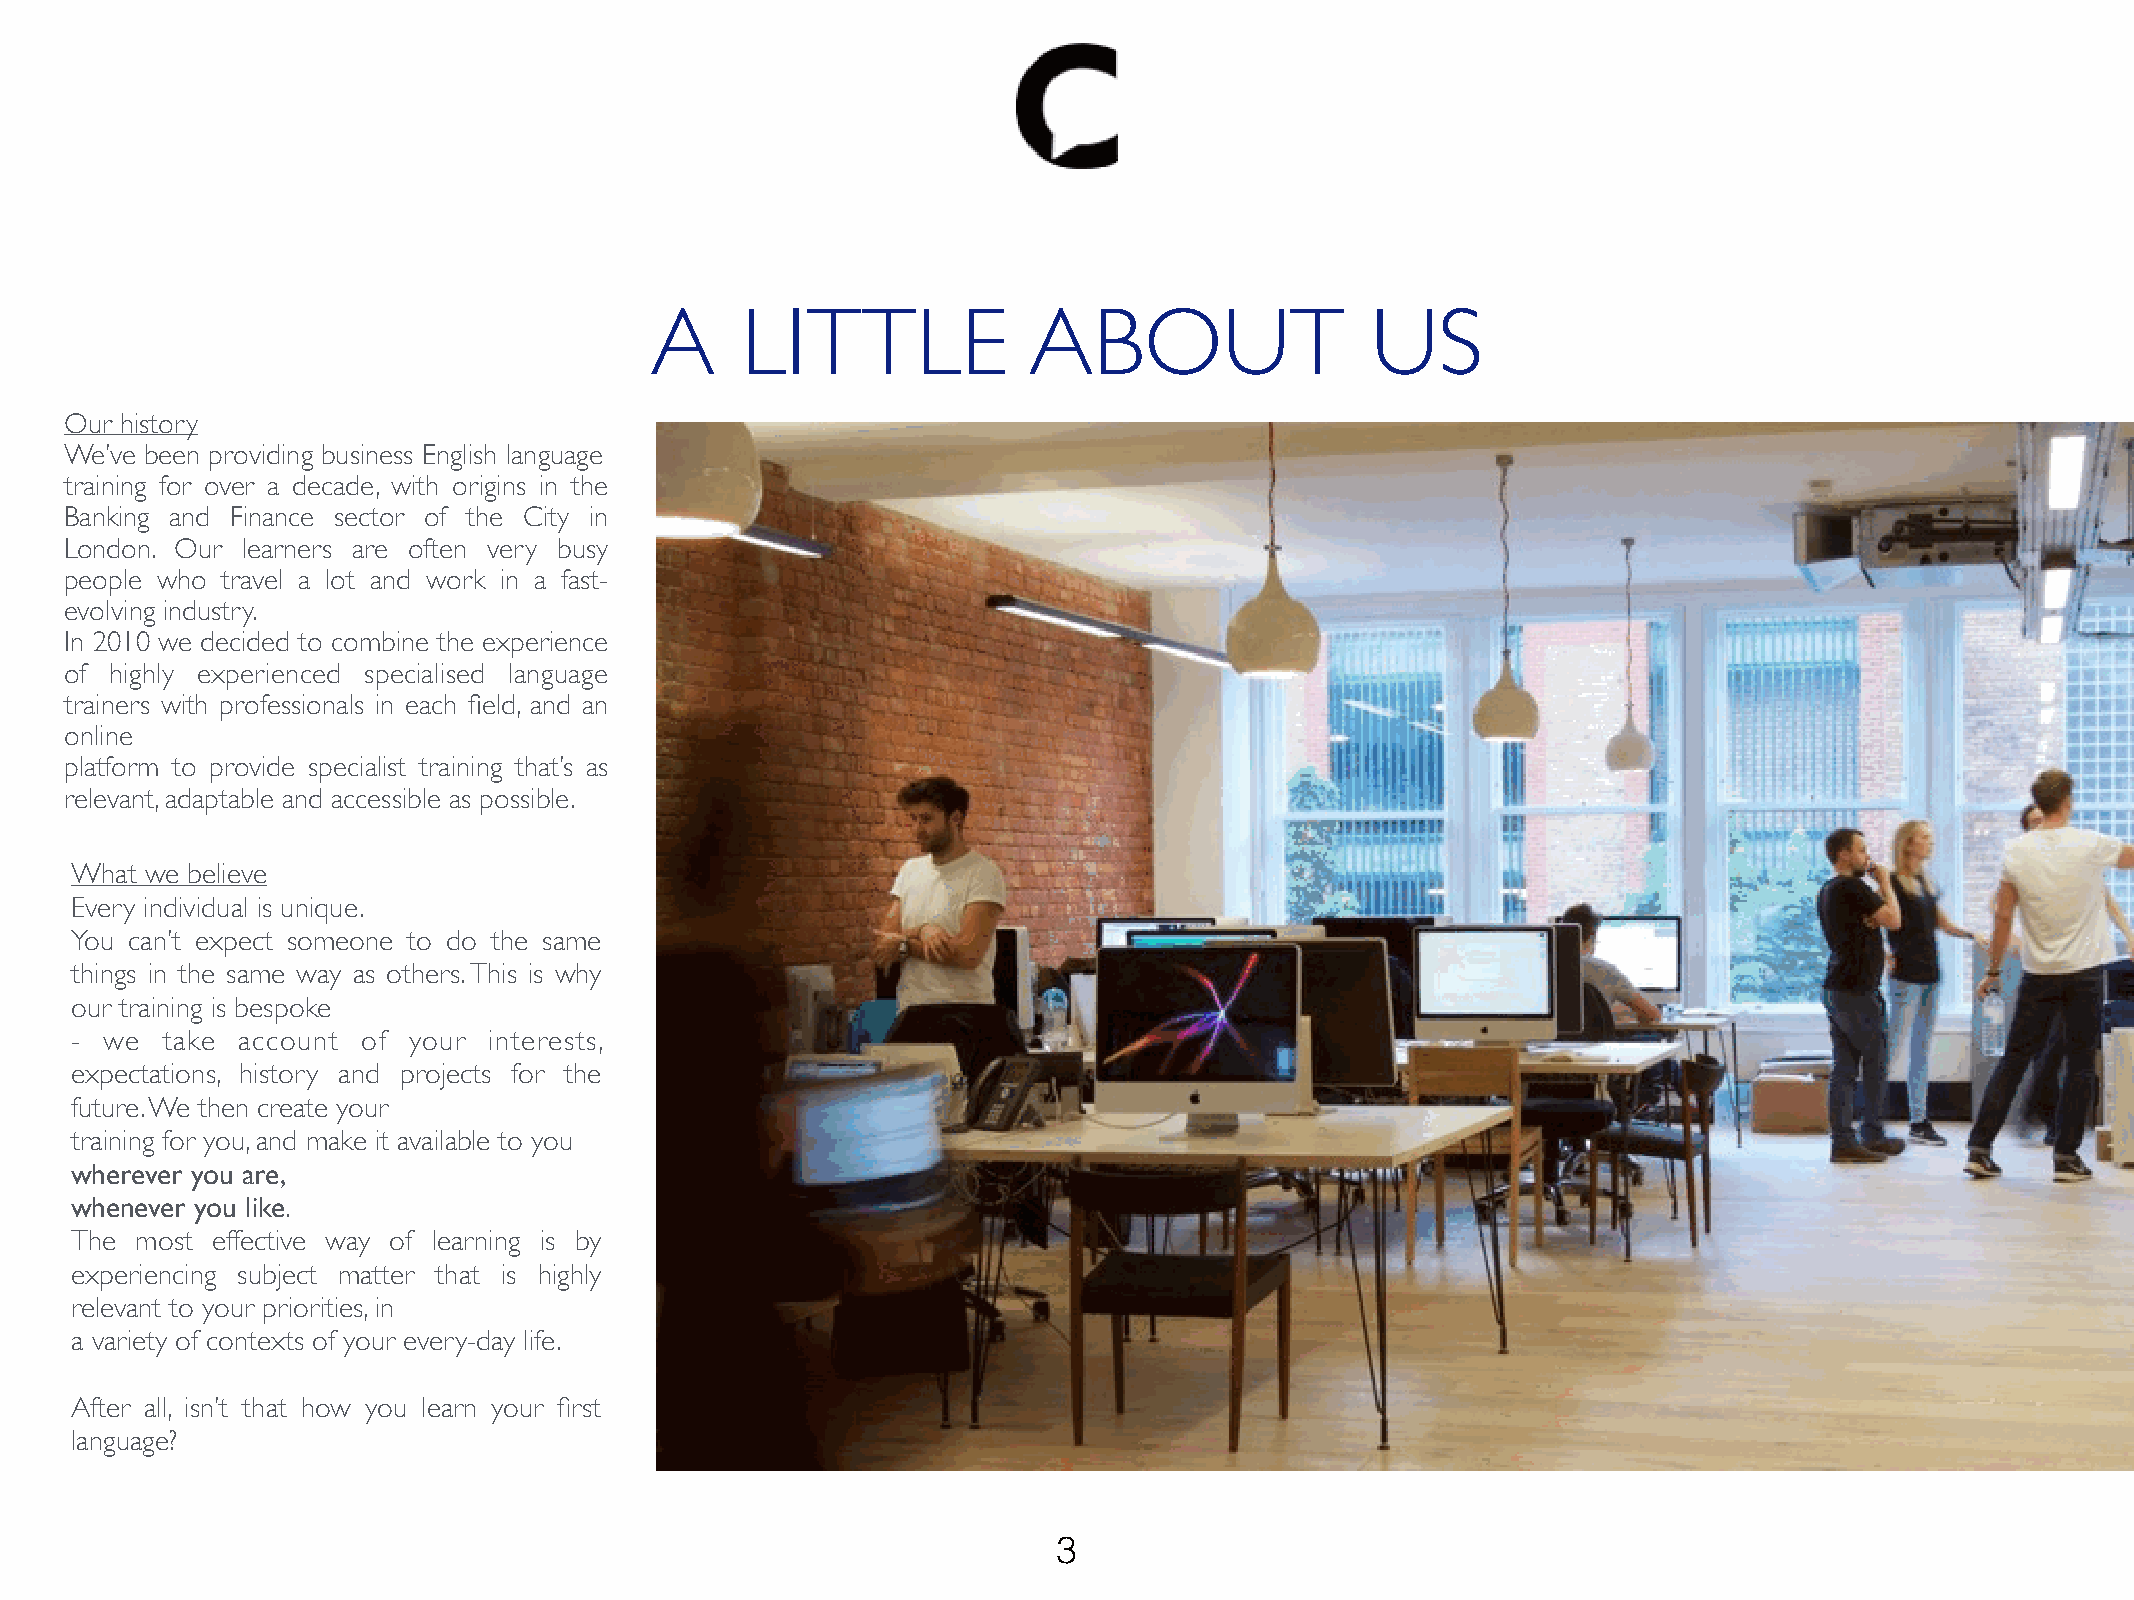
A     LITTLE             ABOUT                  US
 Our history
 We’ve been providing business English language
 training for over a decade, with origins in the
 Banking and Finance sector of the City in
 London. Our learners are often very busy
 people who travel a lot and work in a fast-
 evolving industry.
 In 2010 we decided to combine the experience
 of highly experienced specialised language
 trainers with professionals in each field, and an
 online
 platform to provide specialist training that’s as
 relevant, adaptable and accessible as possible.
 What we believe
 Every individual is unique.
 You can’t expect someone to do the same
 things in the same way as others. This is why
 our training is bespoke
 - we  take account of your interests,
 expectations, history and projects for the
 future. We then create your
 training for you, and make it available to you
 wherever you are,
 whenever you like.
 The most effective way of learning is by
 experiencing subject matter that is highly
 relevant to your priorities, in
 a variety of contexts of your every-day life.
 After all, isn’t that how you learn your first
 language?
 3